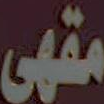
مقهى